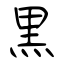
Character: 黒